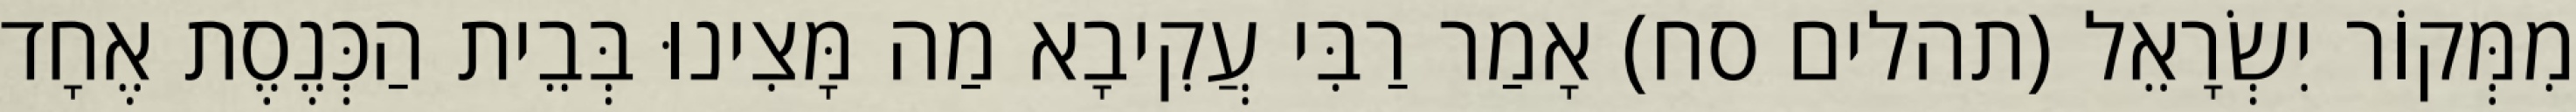
מִמְּקוֹר יִשְׂרָאֵל (תהלים סח) אָמַר רַבִּי עֲקִיבָא מַה מָּצִינוּ בְּבֵית הַכְּנֶסֶת אֶחָד